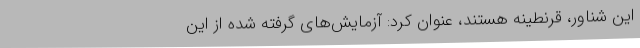
این شناور، قرنطینه هستند، عنوان کرد: آزمایش‌های گرفته شده از این